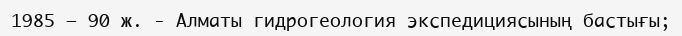
1985 — 90 ж. - Алматы гидрогеология экспедициясының бастығы;